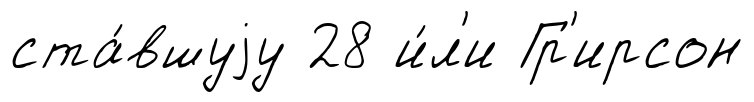
ста́вшуjу 28 и́л'и Гр'ирсон